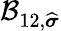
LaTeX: \mathcal{B}_{12,\widehat{\boldsymbol{\sigma}}}